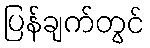
ပြန်ချက်တွင်